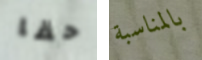
حقا بالمناسبة